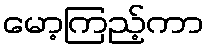
မော့ကြည့်ကာ